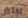
بيتش